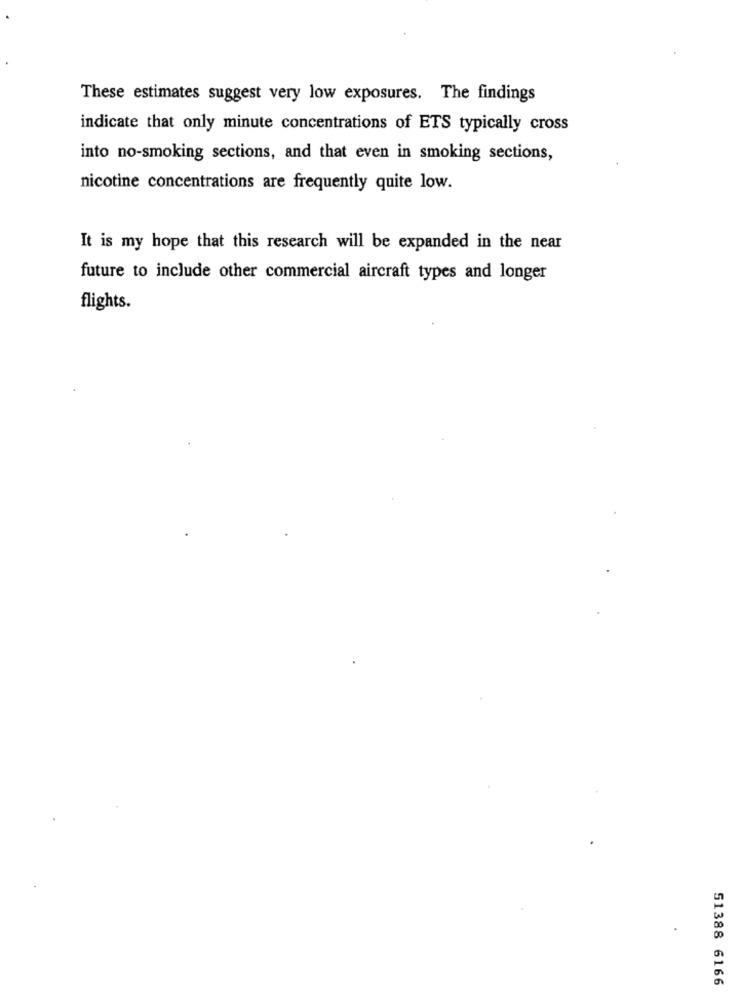
These estimates suggest very low exposures. The findings
indicate that only minute concentrations of ETS typically cross
into no-smoking sections, and that even in smoking sections,
nicotine concentrations are frequently quite low.
It is my hope that this research will be expanded in the near
future to include other commercial aircraft types and longer
flights.
51388 6166